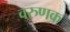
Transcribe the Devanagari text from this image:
वरुणक